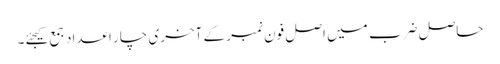
حاصل ضرب میں اصل فون نمبر کے آخری چار اعداد جمع کیجئے۔